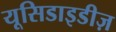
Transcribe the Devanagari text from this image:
यूसिडाइडीज़